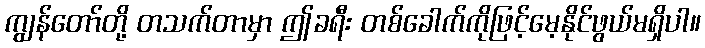
ကျွန်တော်တို့ တသက်တာမှာ ဤခရီး တစ်ခေါက်ကိုဖြင့်မေ့နိုင်ဖွယ်မရှိပါ။